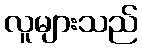
လူများသည်